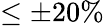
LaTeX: \leq\pm 20\%